Lunatic asylums Punjab 1868-1880 - 1868-1880
Year: 1868
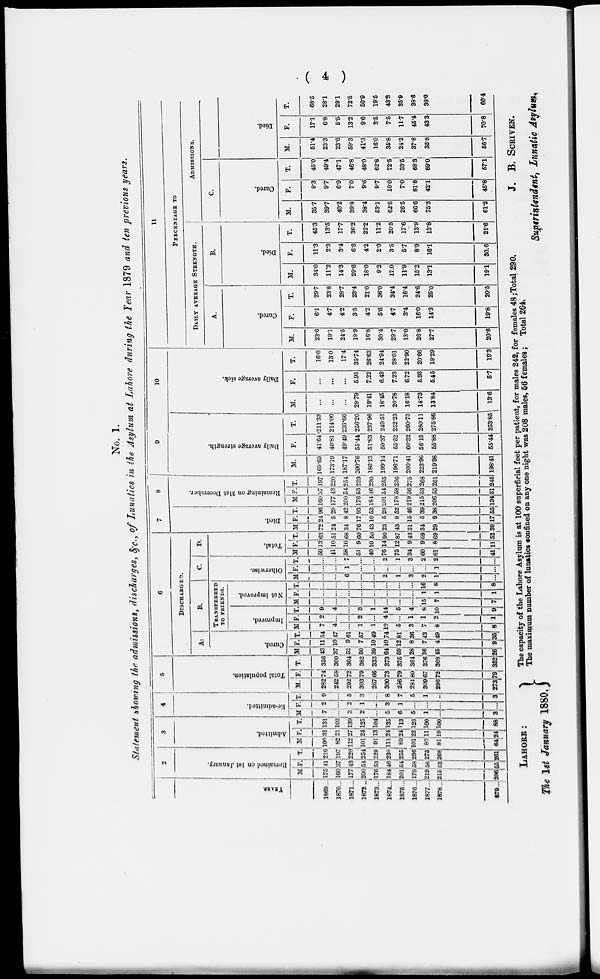
( 4 )
No. 1.
Statement showing the admissions, discharges, &c., of Lunatics in the Asylum at Lahore during the Year 1879 and ten previous years.
YEARS
1869...
1870...
1871...
1872 ...
1873...
1874 ...
1875 ...
1876...
1877 ...
1878 ...
1879 ...
2
Remained on 1st January.
M.
175
160
177
200
176
184
200
176
219
215
206
F.
41
37
43
54
53
46
54
58
56
53
55
T.
216
197
220
254
229
230
255
236
275
268
261
3
Admitted.
M
100
82
112
101
91
111
89
101
89
81
64
F.
31
21
27
24 13
24
24
22
11
19
24
T.
131
103
139
125
104
135
113
123
100
100
88
4
Re-admitted.
M.
7
...
3
2
...
5
6
6
1
...
3
F.
2
...
2
1
...
3
1
...
...
...
...
T.
9
...
5
3
...
6
7
6
1
...
3
5
Total population.
M .
282
242
292
303
267
300
266
281
309 67
296
273
F.
74
58
72
79
66
73
79
30
67
72
79
T.
356
300
364
382
333
373
375
364
376
368
352
6
DlSCHA
RGED.
A.
Cured.
M.
43
34 52
50
39
64
69
28
36
45
26
F.
11
10
9
7
10
10
12
8
7
4
9
T.
54
47
61
57
49
74
81
36
43
49
35
B.
TRANSFEREI
TO FRIENDS.
Improved.
M
7
4
...
1
1
10
5
3
7
8
8
F.
2
...
...
2
...
4
...
1
1
2
1
T.
9
4
...
3
1
14
6
4
8
10
9
Not improved.
M .
...
...
...
...
...
...
...
...
15
7
7
F.
...
...
...
...
...
...
...
...
1
1
1
T.
...
...
...
...
...
...
...
...
16
8
8
C.
Otherwise
M.
...
...
6
...
...
2
1
3
2
1
...
F.
...
...
1
...
...
...
...
...
...
1
...
T.
...
...
7
...
...
2
1
3
2
2
...
D.
Total.
M.
50
41
58
51
40
76
76
34
60
61
41
F.
13
10
10
9
10
14
12
9
9
8
11
T.
63
51
68
60
50
90
87
43
69
69
52
7
Died.
M.
72
24
34
76
43
23
43
31
34
29
17
F.
24
5
8
17
10
5
9
15
5
9
17
T.
96
29
42
93
53
28
52
46
39
38
55
8
Remaining on 31st December.
M.
160
175
200
176
184
201
178
219
215
206
194
F.
37
43
54
53
46
54
58
56
53
55
51
T.
197
220
254
229
230
255
236
275
268
261
245
9
Daily average strength.
M.
169.69
173.19
187. 17
20076
186.13
19914
196.71
200.41
223. 96
219. 98
198.41
F.
41.64
40.81
49. 49
55.44
51.83
50.37
55.52
60.32
56.15
55.88
55.44
T.
211 . 33
214.00
236.66
256.20
237.96
249.51
252.23
260.73
280.11
275.86
253.85
10
Daily average sick.
M .
...
...
...
29.79
19.41
18.45
20.78
16.18
14.73
13.84
13.6
F.
...
...
...
5.95
7.22
6.49
7.23
6.72
5.93
5.45
5.7
T.
16.0
130
174
35.74
26.63
24.94
28.01
22.90
20.66
19.29
19.3
11
PERCENTAGE TO
DAILY AVERAGE STRENGTH .
A.
Cured.
M.
23.6
19.1
24.5
19.9
16.8
30.4
29.7
13.0
26.8
27.7
20.6
F.
6.1
4.7
4.2
3.5
4.2
5.6
4.7
3.4
16.0
14.3
19.8
T.
29.7
23.8
28.7
23.4
21.0
36.0
34.4
16.4
24.6
25.0
20.5
B.
Died.
M .
34.0
11.2
14.3
29.6
18.0
9.2
17.0
11.9
15.3
13.1
19.1
F.
11.3
2.3
3.4
66
4.2
2.0
3.5
5.7
8.9
16.1
30.6
T.
45.3
13.5
17.7
36.2
22.2
11.2
20.5
17.6
13.9
13.8
21.6
ADMISSIONS.
C.
Cured.
M .
35.7
39.7
40.2
39.8
38.4
53.1
62.5
26.5
66.6
75.3
61.2
F.
9.3
9.7
6.9
7.0
9.6
9.7
100
7.0
81.8
42.1
45.8
T.
45.0
49.4
47.1
46.8
48.0
62.8
72.5
33.5
68.3
69.0
57.1
Died.
M.
51.4
23.3
23.6
59.3
41.3
16.0
35.8
24.2
37.8
35.8
56.7
F.
17.1
6.8
5.5
13.2
9.6
3.5
7.5
117
45.4
43.3
70.8
T.
68.5
28.1
29.1
72.5
50.9
19.5
43.3
35.9
38.6
38.0
60.4
LAHORE :
The 1st January 1880.
The capacity of the Lahore Asylum is at 100 superficial feet per patient, for males 242, for females 48;Total 290.
The maximnm number of lunatics confined on any one night was 208 males, 56 females ; Total 264.
J. B. SCRIVEN.
Superintendent , Lunatic Asylum.